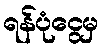
ရန်ပုံငွေမှ